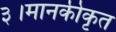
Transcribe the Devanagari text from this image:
३।मानकीकृत